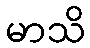
မာသိ